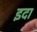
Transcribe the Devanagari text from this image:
इदा